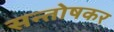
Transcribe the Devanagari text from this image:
सन्तोषकर